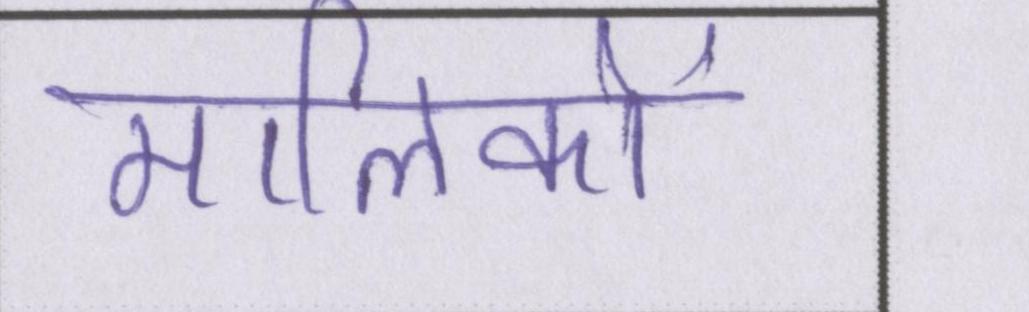
मालिकों